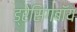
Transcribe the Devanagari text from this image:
ड्रेसिंगबॉय